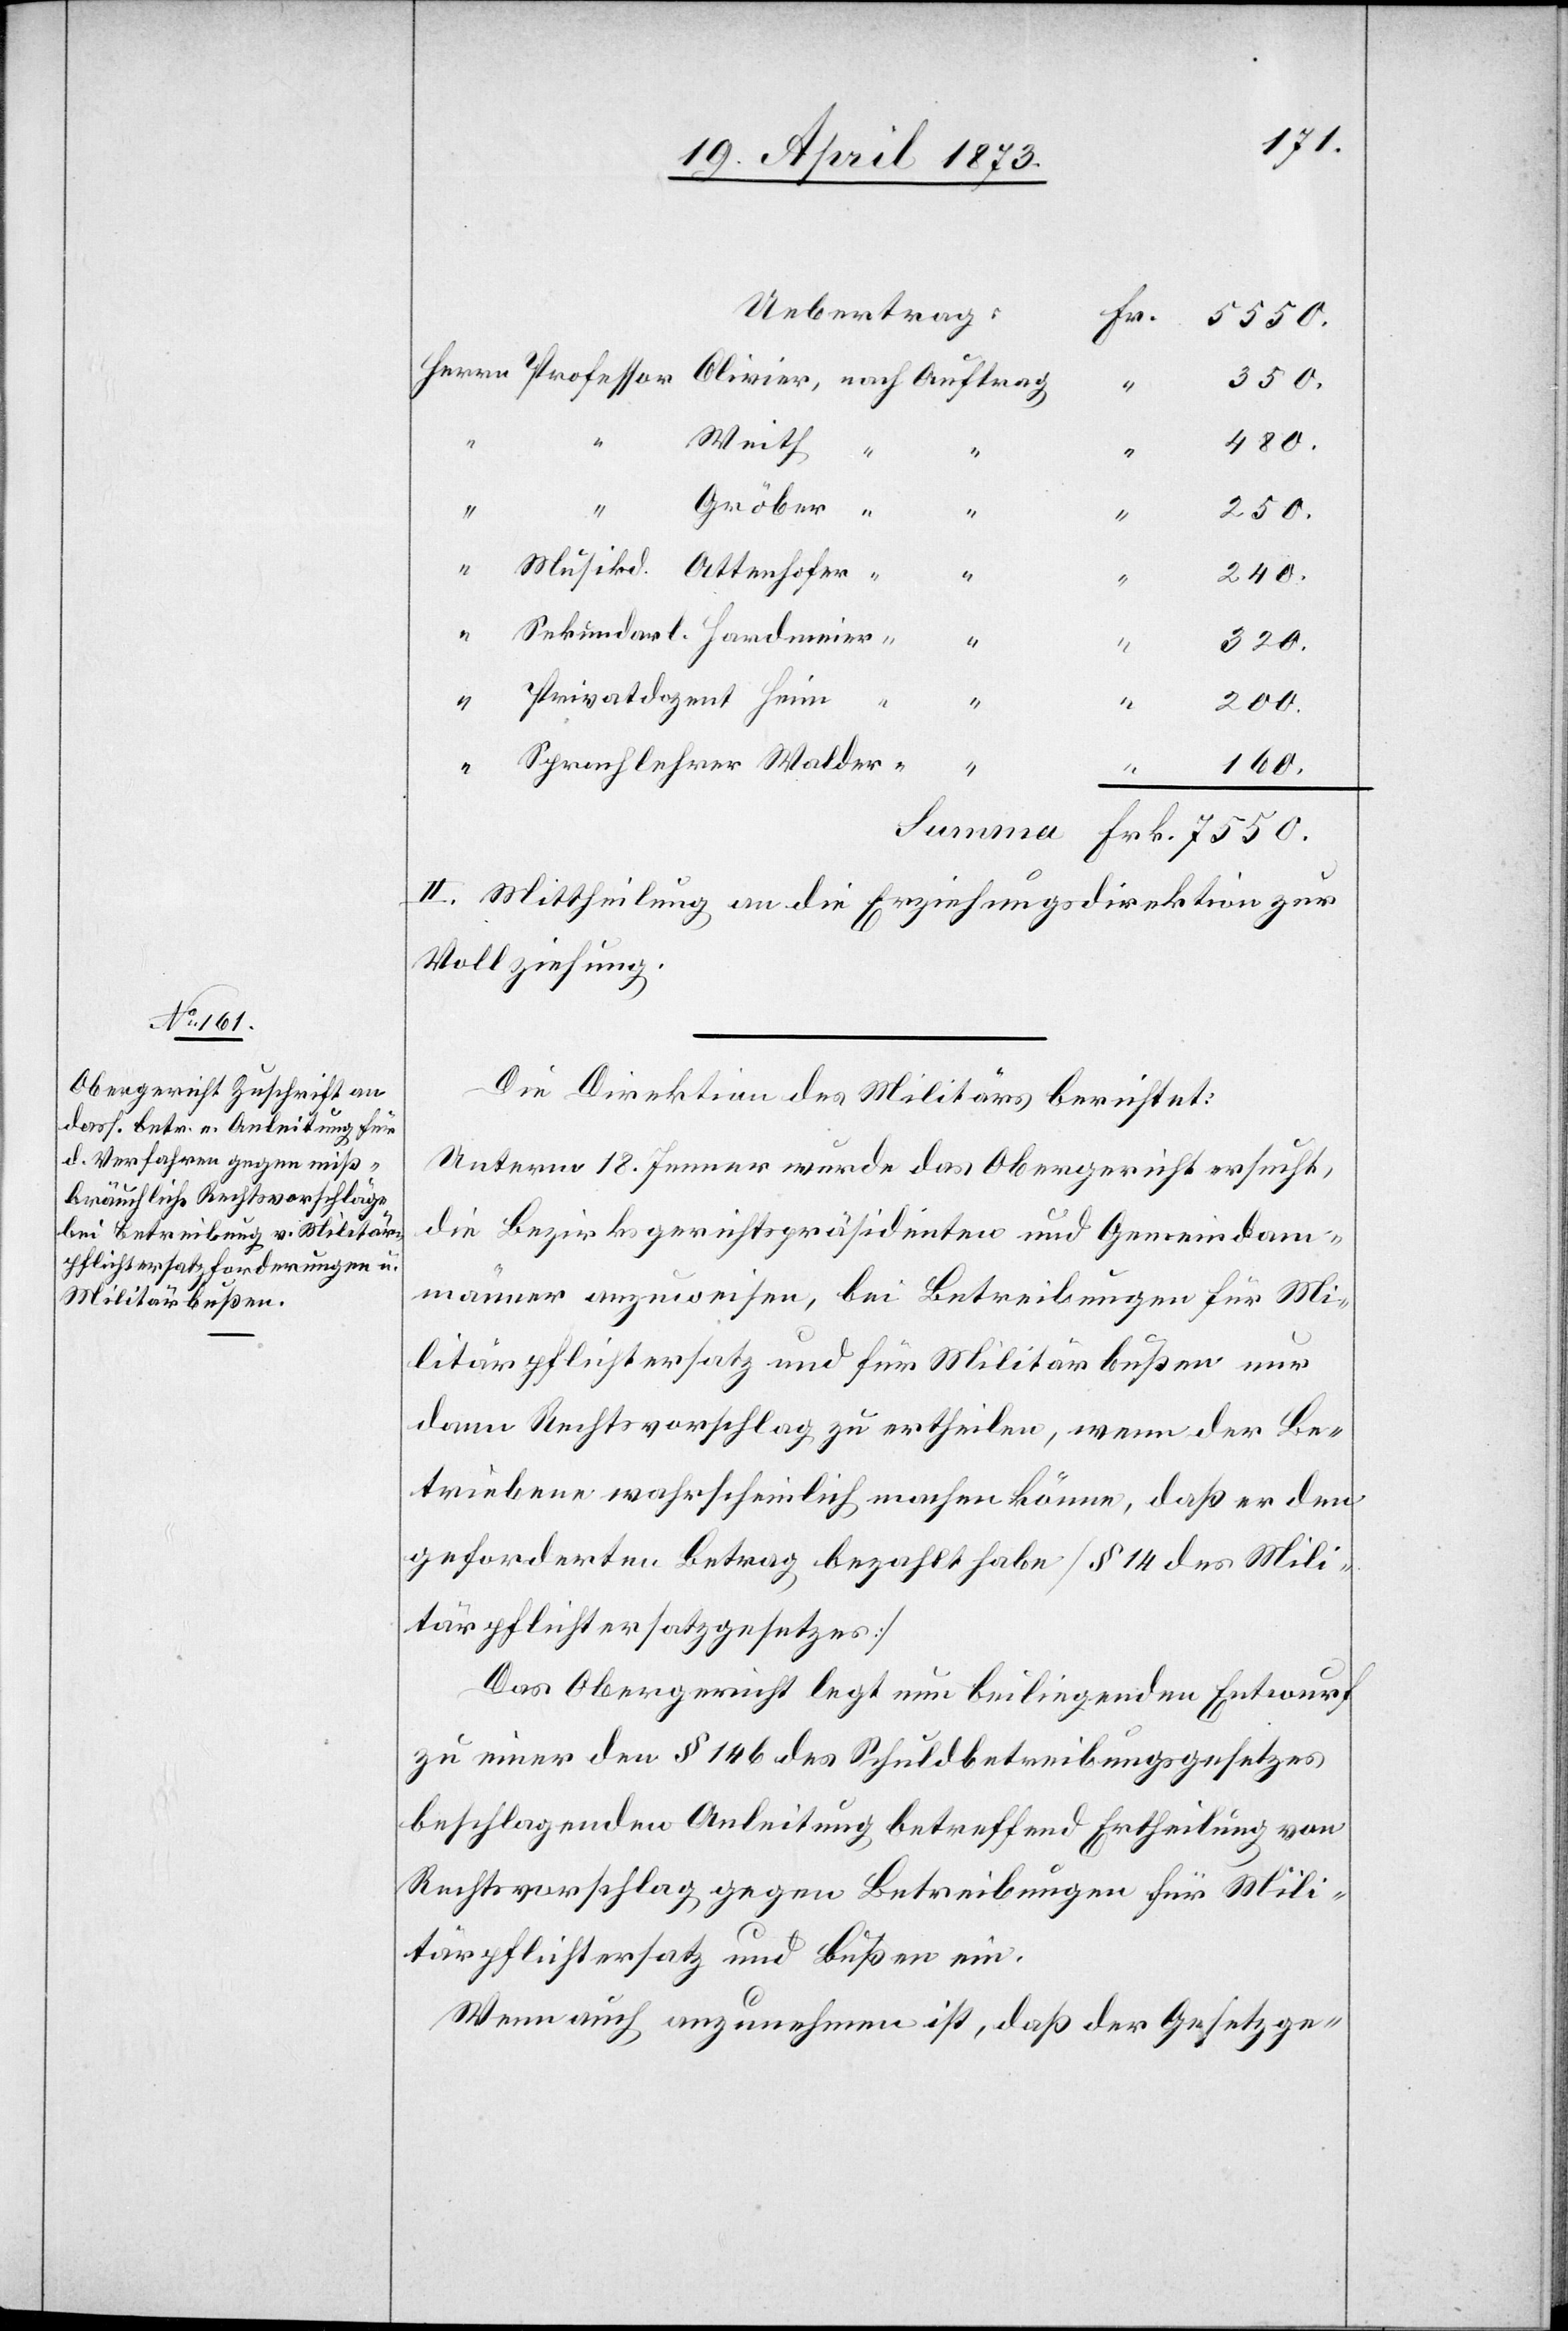
Uebertrag:
Frk.
7550.
350.
“
“
Weith
480.
Gröber
250.
“
240.
“
“
vat¬
II. Mittheilung an die Erziehungsdirektion zur
Vollziehung.
Die Direktion des Militärs berichtet:
Unterm 18. Jenner wurde das Obergericht ersucht,
die Bezirksgerichtspräsidenten und Gemeindam¬
männer anzuweisen, bei Betreibungen für Mi¬
litärpflichtersatz und für Militärbußen nur
dann Rechtsvorschlag zu ertheilen, wenn der Be¬
triebene wahrscheinlich machen könne, daß er den
geforderten Betrag bezahlt habe [§ 14 des Mili¬
tärpflichtersatzgesetzes]
Das Obergericht legt nun beiliegenden Entwurf
zu einer den § 146 des Schuldbetreibungsgesetzes
beschlagenden Anleitung betreffend Ertheilung von
Rechtsvorschlag gegen Betreibungen für Mili¬
tärpflichtersatz und Bußen ein.
Wenn auch anzunehmen ist, daß der Gesetzge-